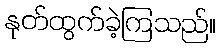
နုတ်ထွက်ခဲ့ကြသည်။